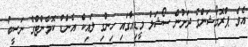
އެވެ. ޕްރޮމޯޝަންގެ ދަށުން ސޯޝަލް މީޑިއާގައި ހިންގި ލައިކް އެންޑް ކޮމެންޓްގެ ނަސީބު